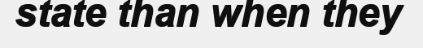
state than when they